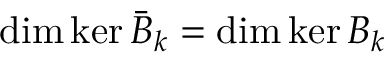
\dim \ker \bar { B } _ { k } = \dim \ker B _ { k }